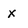
Character: x